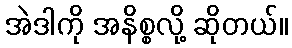
အဲဒါကို အနိစ္စလို့ ဆိုတယ်။